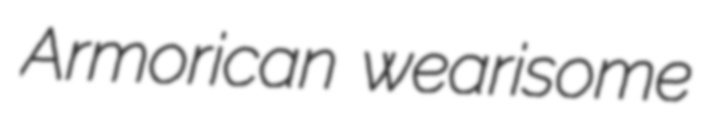
Armorican wearisome